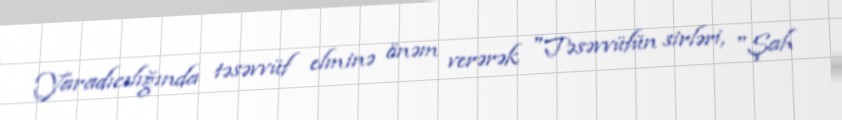
Yaradıcılığında təsəvvüf elminə önəm verərək "Təsəvvüfün sirləri, "Şah